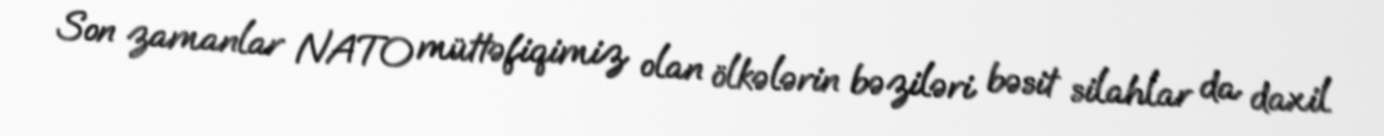
Son zamanlar NATO müttəfiqimiz olan ölkələrin bəziləri bəsit silahlar da daxil